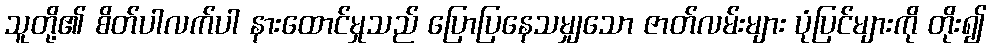
သူတို့၏ စိတ်ပါလက်ပါ နားထောင်မှုသည် ပြောပြနေသမျှသော ဇာတ်လမ်းများ ပုံပြင်များကို တိုး၍